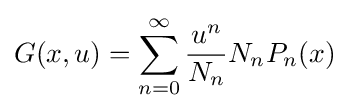
G(x,u)=\sum _{n=0}^{\infty }{\frac {u^{n}}{N_{n}}}N_{n}P_{n}(x)